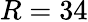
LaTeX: R=34